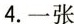
4.一张